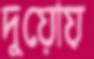
দুয়োয়